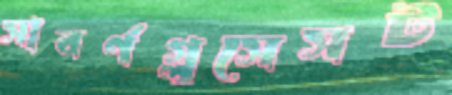
সাবর্ণগ্লুসেসট